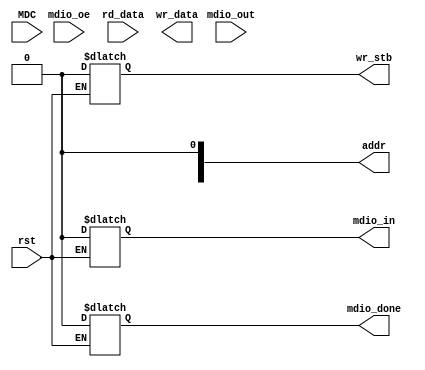
module receptor (
    input rst, MDC, mdio_oe, mdio_out,
    input [15:0] rd_data,
    output reg mdio_in, mdio_done, wr_stb,
    output reg [4:0] addr,
    output reg [15:0] wr_data
);
    
    localparam  IDLE = 4'b001,
                START = 4'b0010,
                RECEIVE = 4'b0100,
                SEND = 4'b1000;

    reg [3:0] STATE;

    always @(*) begin
        if (!rst) begin
            mdio_in <= 0;
            mdio_done <= 0;
            wr_stb <= 0;
        end else begin
            STATE = START;
        end
    end

    always @(posedge MDC) begin
        case (STATE)
            START: begin
                
            end
            RECEIVE: begin
                
            end
            SEND: begin
                
            end
             
        endcase
    end

endmodule